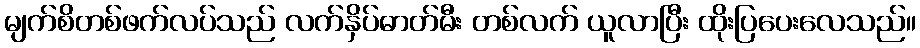
မျက်စိတစ်ဖက်လပ်သည် လက်နှိပ်ဓာတ်မီး တစ်လက် ယူလာပြီး ထိုးပြပေးလေသည်။